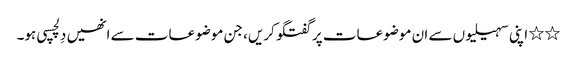
٭٭ اپنی سہیلیوں سے ان موضوعات پر گفتگو کریں، جن موضوعات سے انھیں دِلچسپی ہو۔